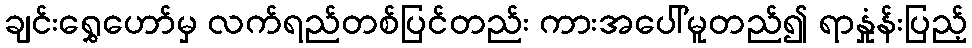
ချင်းရွှေဟော်မှ လက်ရည်တစ်ပြင်တည်း ကားအပေါ်မူတည်၍ ရာနှုံန်းပြည့်